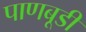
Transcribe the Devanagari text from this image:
पाणबूडी